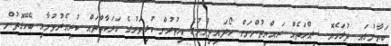
ބަޔާނުގައި ދުޅަހެޔޮ ސިއްހަތެއް ރައްޔިތުންނަށް ހޯދައިދިނުމުގެ އިތުރުން ކުޅިވަރުގެ ހަރަކާތްތައް ކުރިއެރުވުމާއި ބެހޭގޮތުން